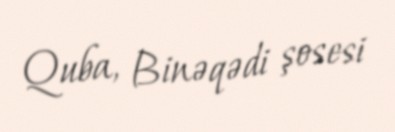
Quba, Binəqədi şosesi